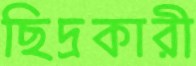
ছিদ্রকারী